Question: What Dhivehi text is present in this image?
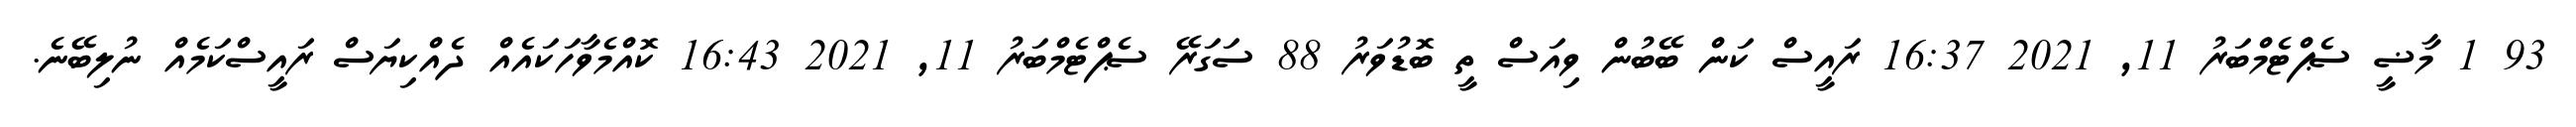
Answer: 93 1 މާޟީ ސެޕްޓެމްބަރު 11, 2021 16:37 ރައީސް ކަން ބޭބުން ވިއަސް ތީ ބޮޑުވަރު 88 ސަގަރޭ ސެޕްޓެމްބަރު 11, 2021 16:43 ކޮއްމެވާހަކައެއް ދެއްކިޔަސް ރައީސްކަމެއް ނުލިބޭނެ.